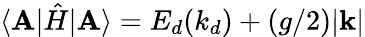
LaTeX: \langle\mathbf{A}|\hat{{H}}|\mathbf{A}\rangle=E_{d}(k_{d})+(g/2)|\mathbf{{k}}|